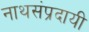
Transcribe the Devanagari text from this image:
नाथसंप्रदायी